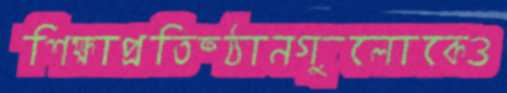
শিক্ষাপ্রতিষ্ঠানগুলোকেও